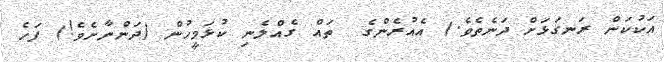
އަކުކަން ރަނގަޅަށް ދަނެތެވެ.) އެއުރެންގެ  ތައް ގެއްލެނި ކުޅަމީހުން (ދަންނާށެވެ!) ފަހެ